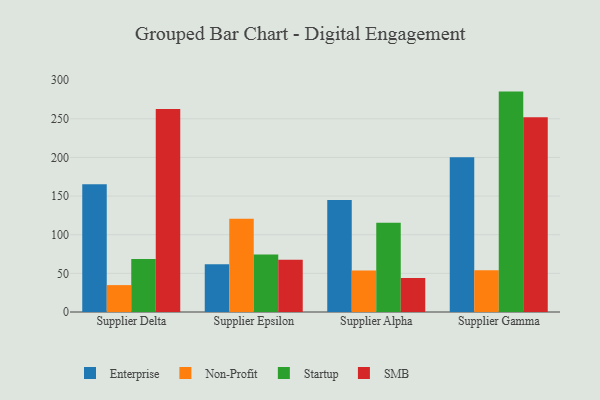
{"axis": {"x": "Supplier", "y": "Latency (ms)"}, "legend": ["Enterprise", "Non-Profit", "SMB", "Startup"], "data": [{"x": "Supplier Delta", "y": 165.2, "type": "Enterprise"}, {"x": "Supplier Delta", "y": 34.8, "type": "Non-Profit"}, {"x": "Supplier Delta", "y": 68.5, "type": "Startup"}, {"x": "Supplier Delta", "y": 262.6, "type": "SMB"}, {"x": "Supplier Epsilon", "y": 61.7, "type": "Enterprise"}, {"x": "Supplier Epsilon", "y": 120.6, "type": "Non-Profit"}, {"x": "Supplier Epsilon", "y": 74.3, "type": "Startup"}, {"x": "Supplier Epsilon", "y": 67.6, "type": "SMB"}, {"x": "Supplier Alpha", "y": 144.8, "type": "Enterprise"}, {"x": "Supplier Alpha", "y": 53.8, "type": "Non-Profit"}, {"x": "Supplier Alpha", "y": 115.4, "type": "Startup"}, {"x": "Supplier Alpha", "y": 44.0, "type": "SMB"}, {"x": "Supplier Gamma", "y": 200.1, "type": "Enterprise"}, {"x": "Supplier Gamma", "y": 53.9, "type": "Non-Profit"}, {"x": "Supplier Gamma", "y": 285.2, "type": "Startup"}, {"x": "Supplier Gamma", "y": 252.0, "type": "SMB"}]}